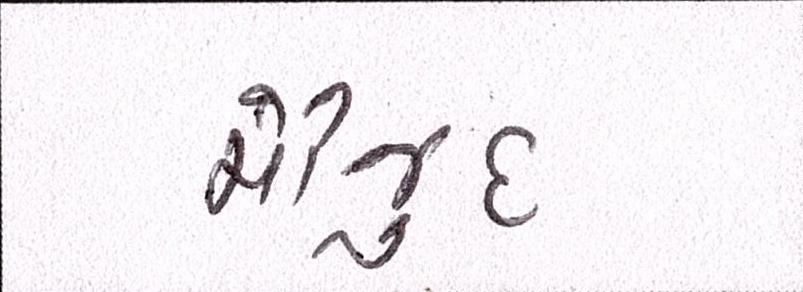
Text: મૌજુદ